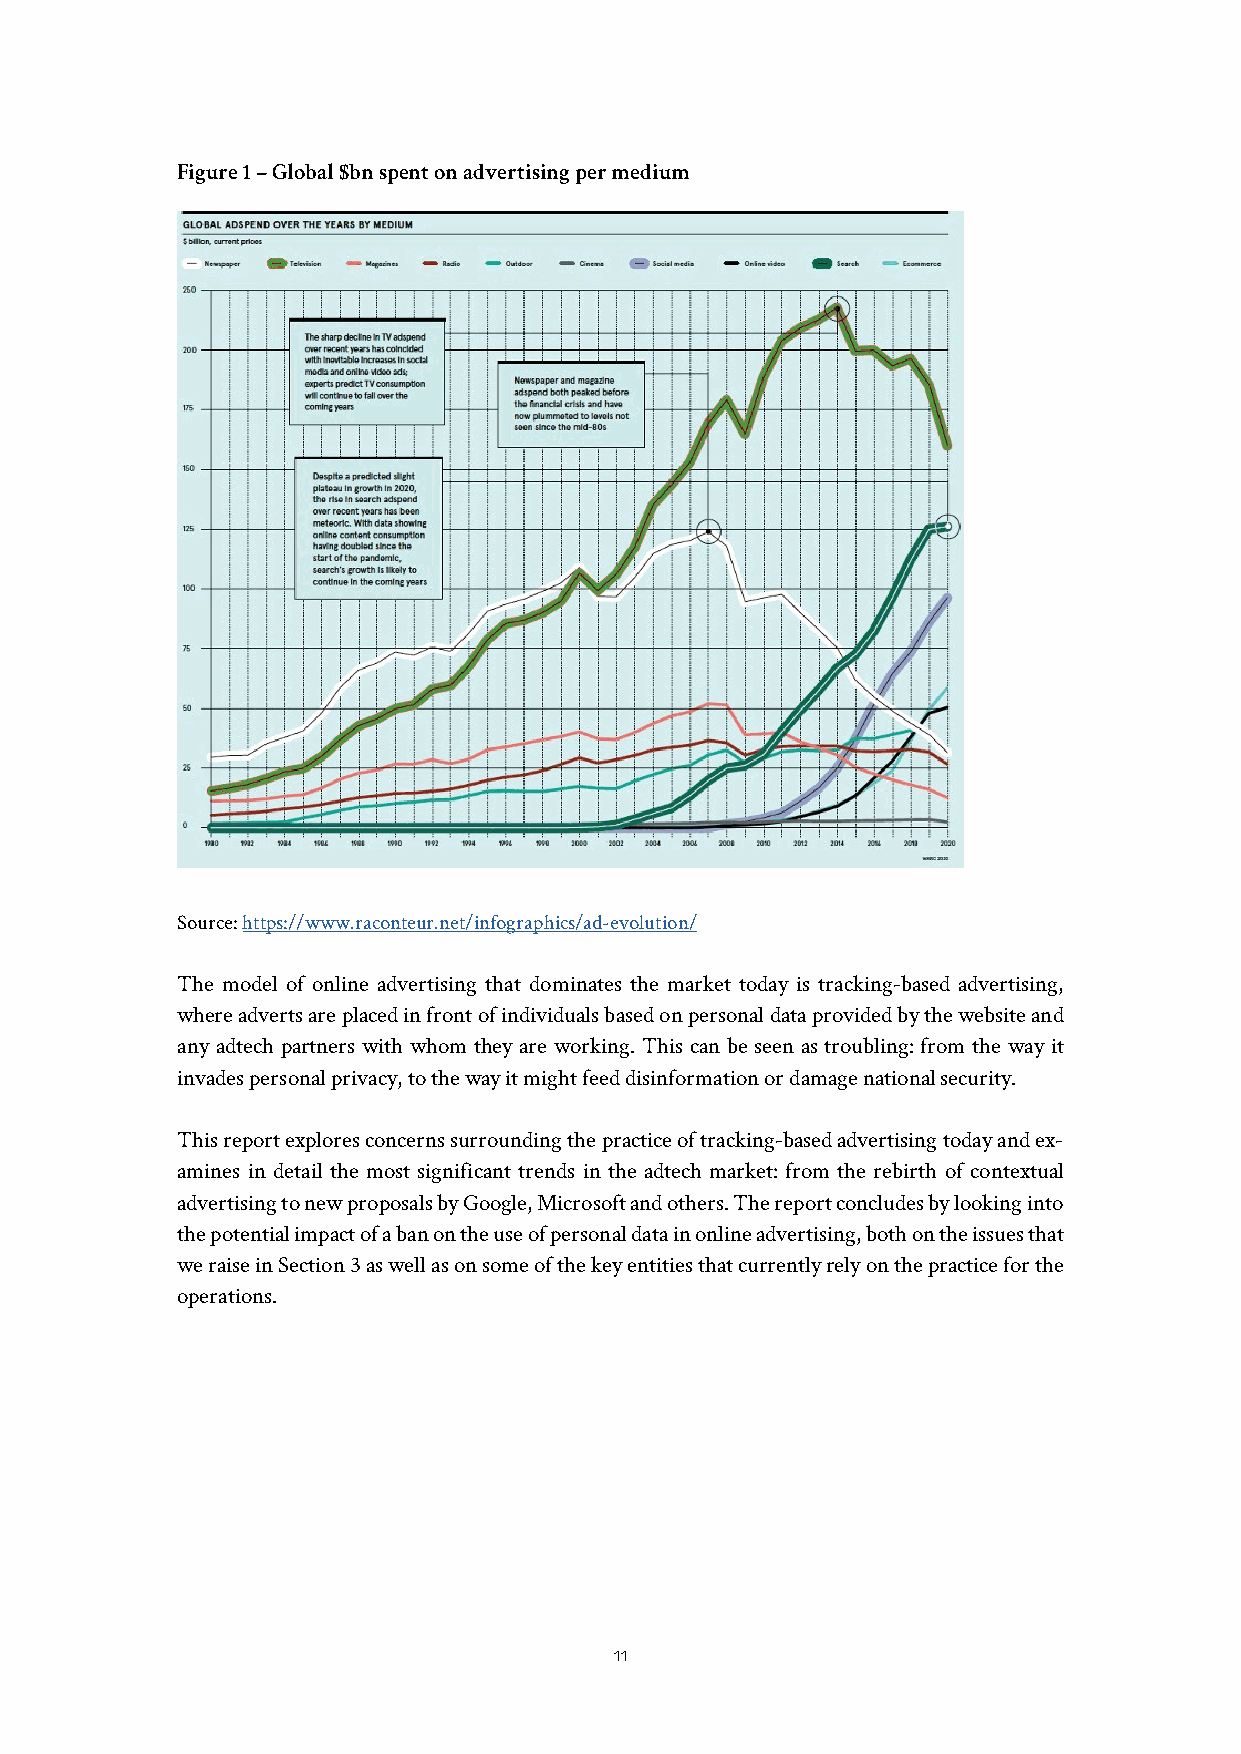
Figure 1 – Global $bn spent on advertising per medium
 Source: https://www.raconteur.net/infographics/ad-evolution/
 The model of online advertising that dominates the market today is tracking-based advertising,
 where adverts are placed in front of individuals based on personal data provided by the website and
 any adtech partners with whom they are working. This can be seen as troubling: from the way it
 invades personal privacy, to the way it might feed disinformation or damage national security.
 This report explores concerns surrounding the practice of tracking-based advertising today and ex-
 amines in detail the most significant trends in the adtech market: from the rebirth of contextual
 advertising to new proposals by Google, Microsoft and others. The report concludes by looking into
 the potential impact of a ban on the use of personal data in online advertising, both on the issues that
 we raise in Section 3 as well as on some of the key entities that currently rely on the practice for the
 operations.
 11